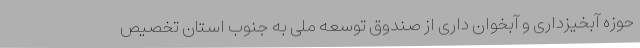
حوزه آبخیزداری و آبخوان داری از صندوق توسعه ملی به جنوب استان تخصیص